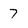
Character: 7